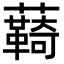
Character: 𮒺